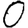
Digit: 0